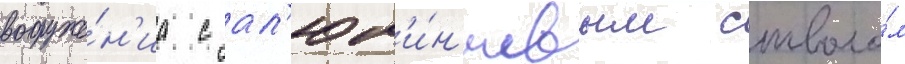
вооруже́н'иа с ал'юм'и́н'иевым стволо́м